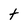
Character: t